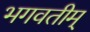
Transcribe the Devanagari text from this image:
भगवतीम्